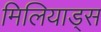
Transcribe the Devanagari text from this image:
मिलियाड्स